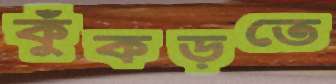
কুঁকড়তে